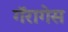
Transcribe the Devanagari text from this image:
गॅरागेस